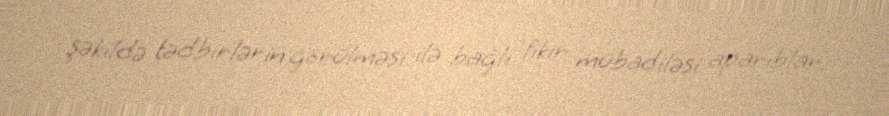
şəkildə tədbirlərin görülməsi ilə bağlı fikir mübadiləsi aparıblar.